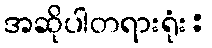
အဆိုပါတရားရုံး: